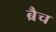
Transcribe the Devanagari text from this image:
ब्रैच